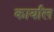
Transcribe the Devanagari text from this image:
कार्याल